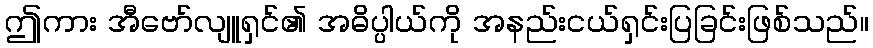
ဤကား အီဗော်လျူရှင်၏ အဓိပ္ပါယ်ကို အနည်းငယ်ရှင်းပြခြင်းဖြစ်သည်။